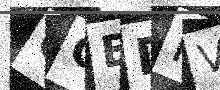
Text: OCEDMV